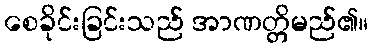
စေခိုင်းခြင်းသည် အာဏတ္တိမည်၏။